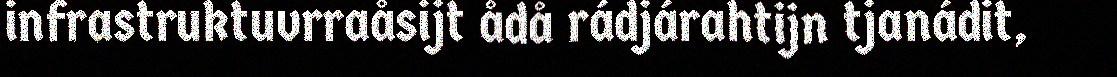
infrastruktuvrraåsijt ådå rádjárahtijn tjanádit,